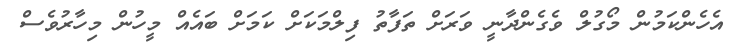
އެހެންކަމުން މޯގުލް ވެގެންދާނީ ވަރަށް ތަފާތު ފިލްމަކަށް ކަމަށް ބައެއް މީހުން މިހާރުވެސް